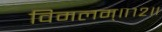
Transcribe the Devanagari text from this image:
विमलम्॥१२॥